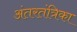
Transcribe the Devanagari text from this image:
अंतरतंत्रिका